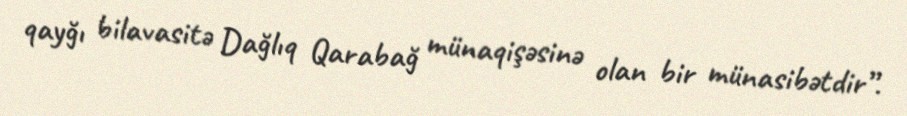
qayğı bilavasitə Dağlıq Qarabağ münaqişəsinə olan bir münasibətdir”.